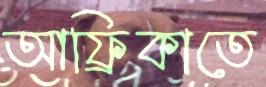
আফ্রিকাতে